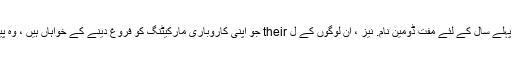
ان کی میزبانی کے منصوبے کے ایک حصے کے طور پر ، آپ کو ایک مل جاتا ہے پہلے سال کے لئے مفت ڈومین نام. نیز ، ان لوگوں کے ل their جو اپنی کاروباری مارکیٹنگ کو فروغ دینے کے خواہاں ہیں ، وہ پیش کرتے ہیں اشتہاری کریڈٹ گوگل کے ایڈورڈز ، بنگ اور دیگر معروف سائٹوں پر۔